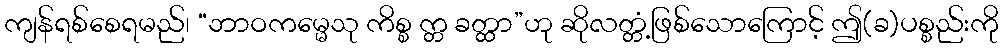
ကျန်ရစ်စေရမည်၊ “ဘာဝကမ္မေသု ကိစ္စ က္တ ခတ္ထာ”ဟု ဆိုလတ္တံ့ဖြစ်သောကြောင့် ဤ(ခ)ပစ္စည်းကို